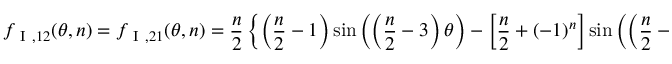
f _ { \mathrm { ~ I ~ } , 1 2 } ( \theta , n ) = f _ { \mathrm { ~ I ~ } , 2 1 } ( \theta , n ) = \frac { n } { 2 } \left\{ \left( \frac { n } { 2 } - 1 \right) \sin \left( \left( \frac { n } { 2 } - 3 \right) \theta \right) - \left[ \frac { n } { 2 } + ( - 1 ) ^ { n } \right] \sin \left( \left( \frac { n } { 2 } - 1 \right) \theta \right) \right\}